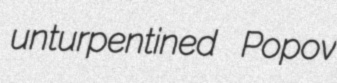
unturpentined Popov